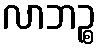
လာဘဉ္စ